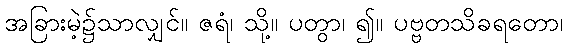
အခြားမဲ့၌သာလျှင်။ ဇရံ၊ သို့။ ပတွာ၊ ၍။ ပဗ္ဗတသိခရတော၊